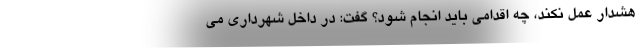
هشدار عمل نکند، چه اقدامی باید انجام شود؟ گفت: در داخل شهرداری می